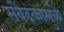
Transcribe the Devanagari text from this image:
संवेदकांमुळे